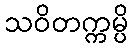
သဝိတက္ကမ္ပိ